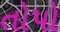
તોપો